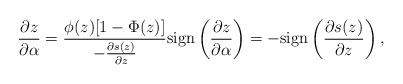
\begin{align*}\frac{\partial z}{\partial \alpha}&=\frac{\phi(z)[1-\Phi(z)]}{-\frac{\partial s(z)}{\partial z}}\mathrm{sign}\left(\frac{\partial z}{\partial \alpha}\right)=-\mathrm{sign}\left(\frac{\partial s(z)}{\partial z}\right),\end{align*}